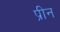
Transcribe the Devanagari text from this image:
प्रीन